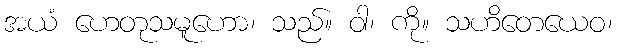
အယံ ဟေတုသမူဟော၊ သည်။ ဝါ၊ ကို။ သဟိတေယေဝ၊